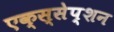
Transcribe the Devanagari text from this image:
एक्स्सेप्शन